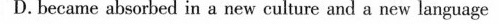
D. became absorbed in a new cultare and a new language